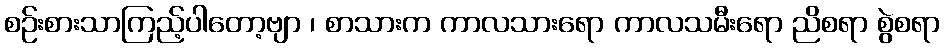
စဉ်းစားသာကြည့်ပါတော့ဗျာ ၊ စာသားက ကာလသားရော ကာလသမီးရော ညိစရာ စွဲစရာ